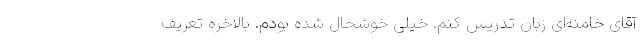
آقای خامنه‌ای زبان تدریس کنم. خیلی خوشحال شده بودم. بالاخره تعریف